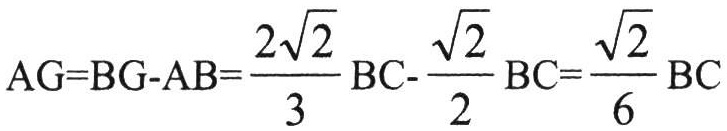
\(AG = BG - AB=\dfrac{2\sqrt{2}}{3}BC - \dfrac{\sqrt{2}}{2}BC=\dfrac{\sqrt{2}}{6}BC\)